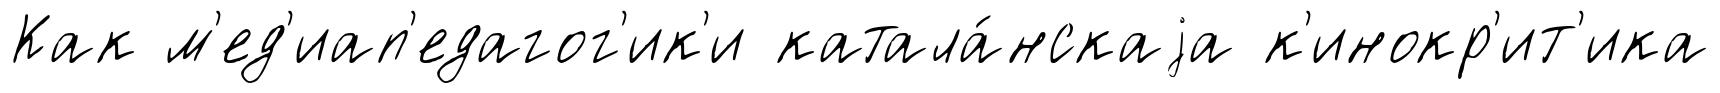
Как м'ед'иап'едагог'ик'и катала́нскаjа к'инокр'ит'ика